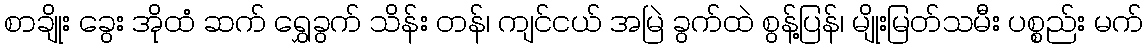
စာချိုး ခွေး အိုထံ ဆက် ရွှေခွက် သိန်း တန်၊ ကျင်ငယ် အမြဲ ခွက်ထဲ စွန့်ပြန်၊ မျိုးမြတ်သမီး ပစ္စည်း မက်